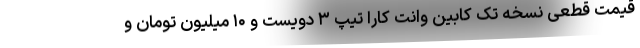
قیمت قطعی نسخه تک کابین وانت کارا تیپ ۳ دویست و ۱۰ میلیون تومان و